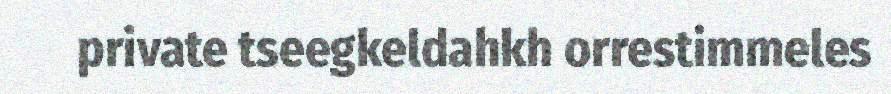
private tseegkeldahkh orrestimmeles